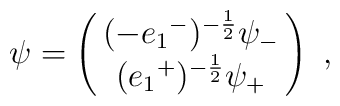
\psi=\pmatrix{(-e_1{}^-)^{-\frac{1}{2}}\psi_-\cr(e_1{}^+)^{-\frac{1}{2}}\psi_+}~,